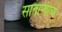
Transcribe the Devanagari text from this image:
साताऱ्याचा